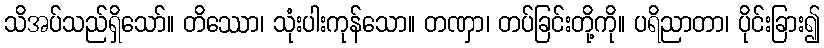
သိအပ်သည်ရှိသော်။ တိဿော၊ သုံးပါးကုန်သော။ တဏှာ၊ တပ်ခြင်းတို့ကို။ ပရိညာတာ၊ ပိုင်းခြား၍